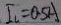
I _ { l } = 0 . 5 A